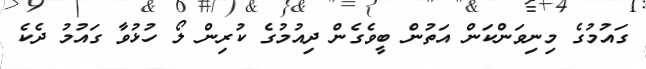
ގައުމުގެ މިނިވަންކަން އަތުން ބީވެގެން ދިއުމުގެ ކުރިން ލޯ ހުޅުވާ ގައުމު ދެކެ